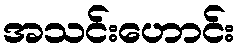
အသင်းဟောင်း